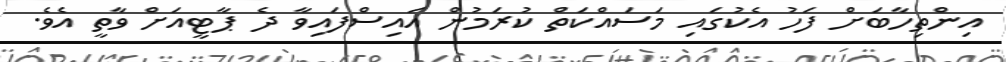
އިންތިހާބަށް ފަހު އެކުގައި މަސައްކަތް ކުރަމުން އައިސްފައިވާ ދެ ޕާޓީއަށް ވާތީ އެވެ.